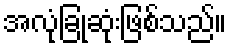
အလုံခြုံဆုံးဖြစ်သည်။